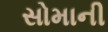
સોમાની